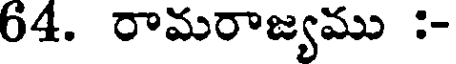
64. రామరాజ్యము :-